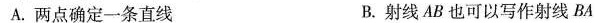
A.两点确定一条直线 B.射线AB也可以写作射线BA